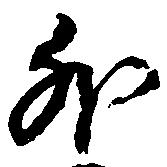
外